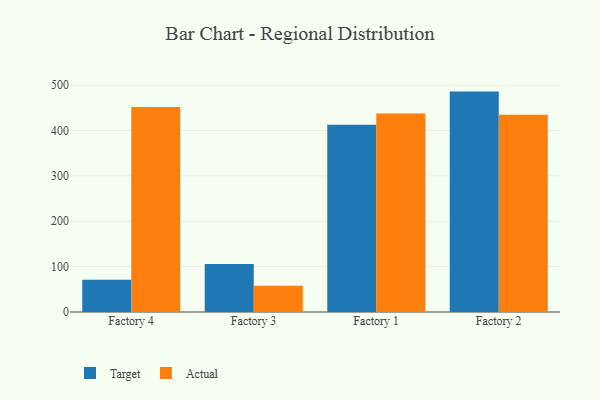
{"axis": {"x": "Factory", "y": "Gross Profit (USD K)"}, "legend": ["Actual", "Target"], "data": [{"x": "Factory 4", "y": 71.1, "type": "Target"}, {"x": "Factory 4", "y": 452.1, "type": "Actual"}, {"x": "Factory 3", "y": 106.0, "type": "Target"}, {"x": "Factory 3", "y": 57.7, "type": "Actual"}, {"x": "Factory 1", "y": 412.9, "type": "Target"}, {"x": "Factory 1", "y": 437.8, "type": "Actual"}, {"x": "Factory 2", "y": 485.8, "type": "Target"}, {"x": "Factory 2", "y": 434.6, "type": "Actual"}]}